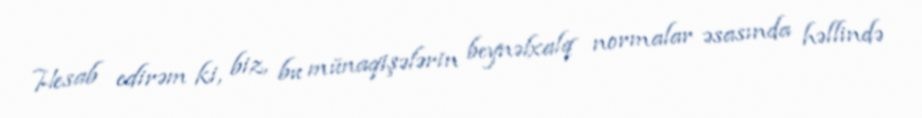
Hesab edirəm ki, biz, bu münaqişələrin beynəlxalq normalar əsasında həllində